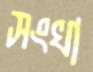
সংখা